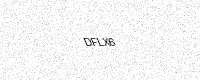
Text: DFLX6